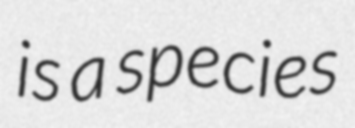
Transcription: is a species